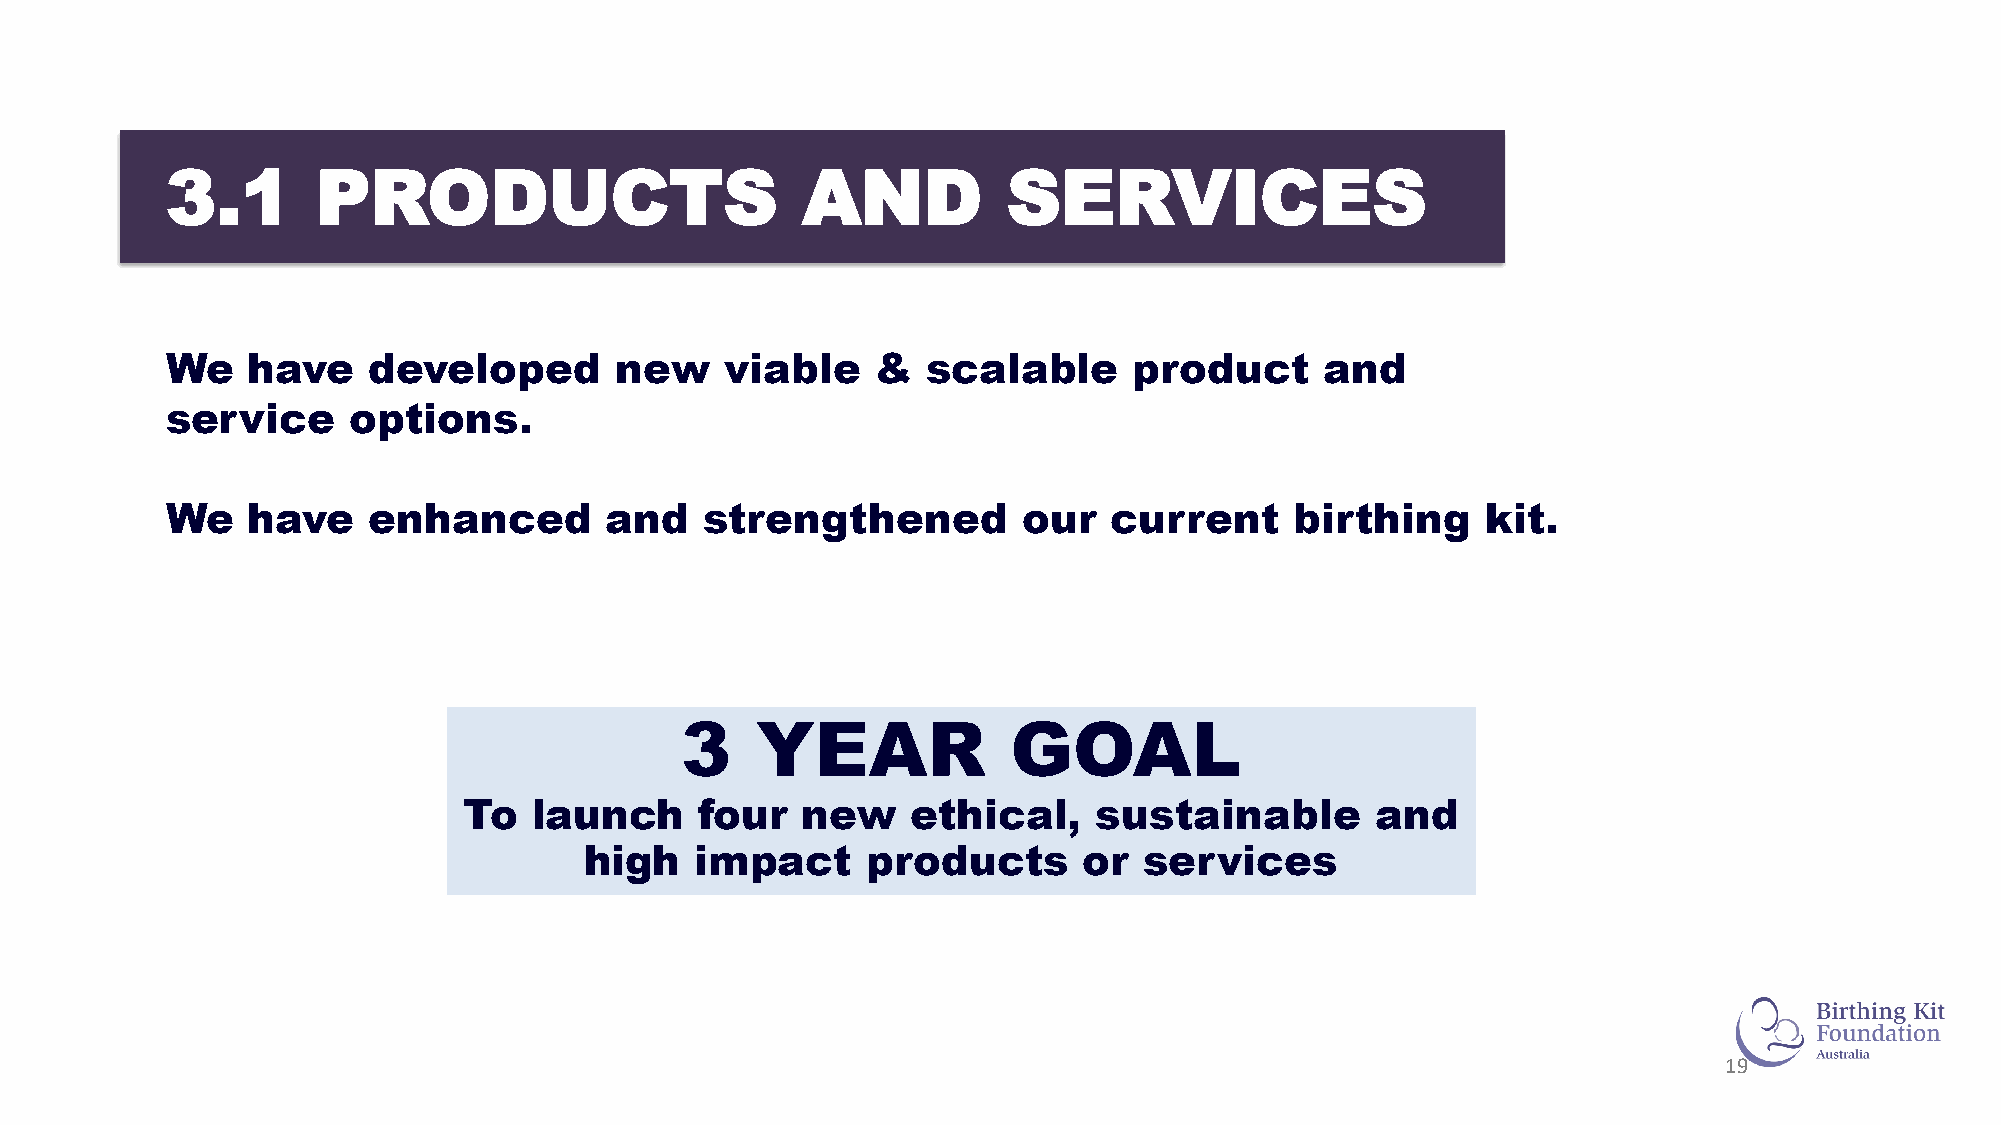
3.1       PRODUCTS                        AND           SERVICES
 We   have    developed        new    viable    &  scalable      product      and
 service     options.
 We   have    enhanced        and    strengthened         our  current      birthing    kit.
 3    YEAR             GOAL
 To  launch     four   new    ethical,     sustainable       and
 high   impact     products       or  services
 19